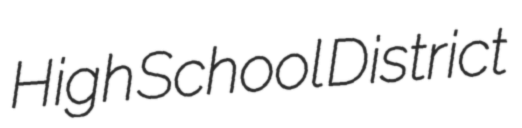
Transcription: High School District